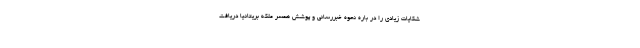
شکایات زیادی را در باره نحوه خبررسانی و پوشش همسر ملکه بریتانیا دریافت